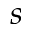
\boldsymbol { s }